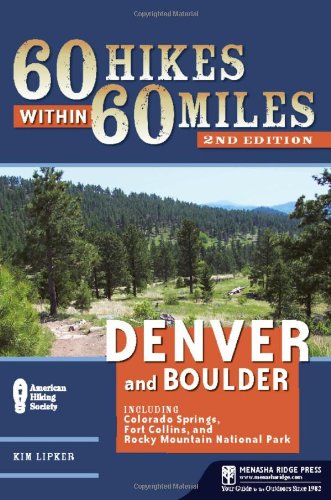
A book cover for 60 Hikes Within 60 Miles: Denver and Boulder: Including Colorado Springs, Fort Collins, and Rocky Mountain National Park; Kim Lipker; Health, Fitness & Dieting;